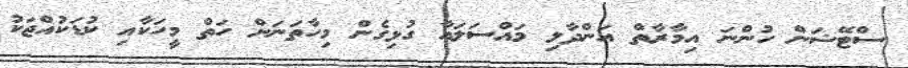
ސްޓޭޝަން ހުންނަ އިމާރާތް އަންދާލި މައްސަލައާ ގުޅިގެން މިހާތަނަށް ހަތް މީހަކާއި ކުޑަކުއްޖަކު